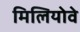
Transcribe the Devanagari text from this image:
मिलियोवे